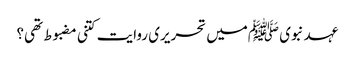
عہد نبوی ﷺمیں تحریری روایت کتنی مضبوط تھی؟